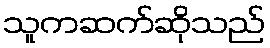
သူကဆက်ဆိုသည်